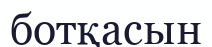
ботқасын